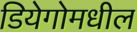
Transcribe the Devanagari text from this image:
डियेगोमधील